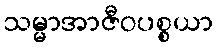
သမ္မာအာဇီဝပစ္စယာ